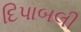
દિપાબલી